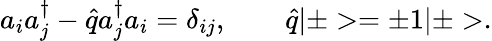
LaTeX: a_{i}a_{j}^{\dagger}-\hat{q}a_{j}^{\dagger}a_{i}=\delta_{ij},\qquad\hat{q}|\pm>=\pm 1|\pm>.